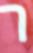
ר